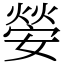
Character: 𡠺